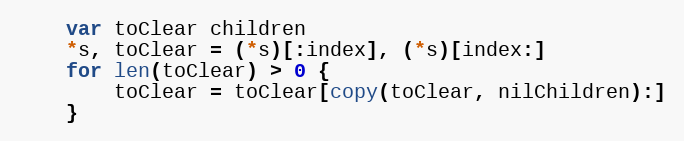
Language: Go
	var toClear children
	*s, toClear = (*s)[:index], (*s)[index:]
	for len(toClear) > 0 {
		toClear = toClear[copy(toClear, nilChildren):]
	}